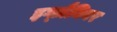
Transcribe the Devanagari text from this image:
इग्ज़ैमिनर